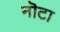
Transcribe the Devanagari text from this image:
नॊटा